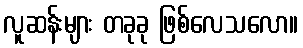
လူဆန်းများ တခုခု ဖြစ်လေသလော။